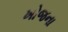
ખોજના